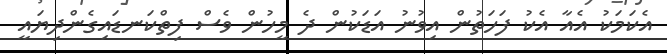
އެކަމަކު އެއާ އެކު ފަހަތުން އިވުނު އަޑަކުން ދެ މީހުން ވެސް ފިތްކަނޑައިގެންދިޔައީ